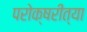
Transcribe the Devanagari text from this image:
परोक्षरीत्या